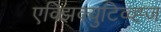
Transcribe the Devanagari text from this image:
एक्झिक्युटिव्व्ह्ज